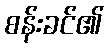
စန်းခင်၏